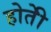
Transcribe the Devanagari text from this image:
होतेी